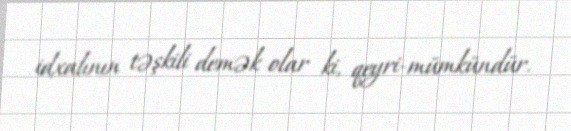
idxalının təşkili demək olar ki, qeyri-mümkündür.